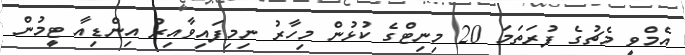
އެމްވީ މެޗުގެ ފުރަތަމަ 20 މިނިޓްގެ ކުޅުން މިހާރު ނިމިފައިވާއިރު އިންޑިއާ ޓީމުން